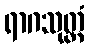
ရာဂသုတ္တံ